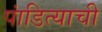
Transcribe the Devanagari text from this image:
पांडित्याची